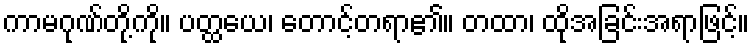
ကာမဂုဏ်တို့ကို။ ပတ္ထယေ၊ တောင့်တရာ၏။ တထာ၊ ထိုအခြင်းအရာဖြင့်။